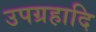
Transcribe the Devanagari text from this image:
उपग्रहादि